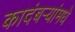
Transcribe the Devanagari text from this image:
कादंबर्‍यांमधे